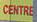
centre